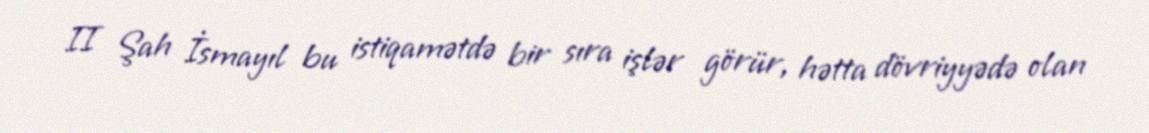
II Şah İsmayıl bu istiqamətdə bir sıra işlər görür, hətta dövriyyədə olan